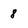
Character: 8